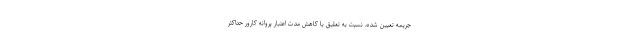
جریمه تعیین شده، نسبت به تعلیق یا کاهش مدت اعتبار پروانه کارور حداکثر